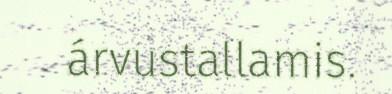
árvustallamis.